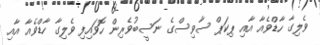
ވެލިގާ ހާޑްވެއާ އާއި ޕިކަޕް ސާވިސްގެ ނަސީބުވެރިން ހޮވައިފި ވެލިގާ ހާޑްވެއާ އާއި